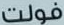
فولت